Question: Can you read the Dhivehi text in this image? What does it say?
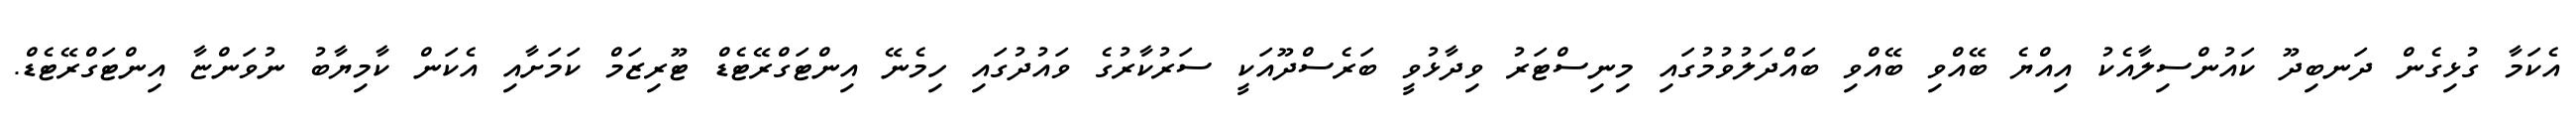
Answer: އެކަމާ ގުޅިގެން ދަނބިދޫ ކައުންސިލާއެކު އިއްޔެ ބޭއްވި ބޭއްވި ބައްދަލުވުމުގައި މިނިސްޓަރު ވިދާޅުވީ ބަރެސްދޫއަކީ ސަރުކާރުގެ ވައުދުގައި ހިމެނޭ އިންޓަގްރޭޓެޑް ޓޫރިޒަމް ކަމަށާއި އެކަން ކާމިޔާބު ނުވަންޏާ އިންޓަގްރޭޓެޑް.